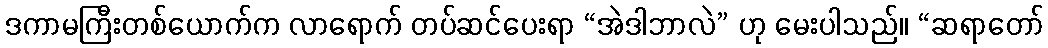
ဒကာမကြီးတစ်ယောက်က လာရောက် တပ်ဆင်ပေးရာ “အဲဒါဘာလဲ” ဟု မေးပါသည်။ “ဆရာတော်